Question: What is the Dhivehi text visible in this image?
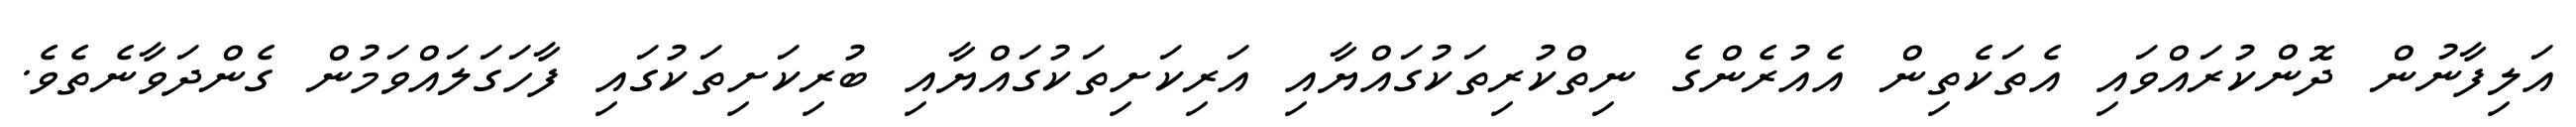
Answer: އަލިފާނުން ދޮންކުރައްވައި އެތަކެތިން އެއުރެންގެ ނިތްކުރިތަކުގައްޔާއި އަރިކަށިތަކުގައްޔާއި ބުރިކަށިތަކުގައި ފާހަގަލައްވަމުން ގެންދަވާނެތެވެ.